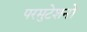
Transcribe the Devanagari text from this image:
परमुटेशनों